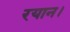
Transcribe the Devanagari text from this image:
रयान।